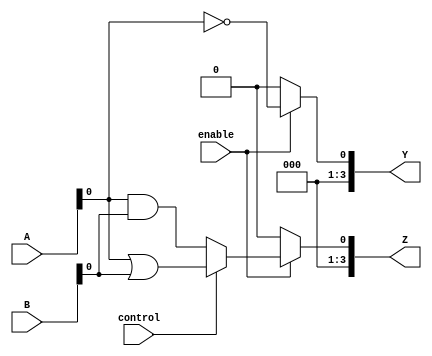
module CombinationalLogicBlock (
    input wire [3:0] A,          // 4-bit input signal A
    input wire [3:0] B,          // 4-bit input signal B
    input wire control,           // Control signal for multiplexer
    input wire enable,            // Enable signal
    output wire [3:0] Y,         // 4-bit output signal Y
    output wire [3:0] Z          // 4-bit output signal Z (from multiplexer)
);

// Internal signals
wire and_output;                // AND gate output
wire or_output;                 // OR gate output
wire not_output;                // NOT gate output
wire mux_output;                // Output of the multiplexer

// Combinational Logic Gates
assign and_output = A & B;      // AND operation
assign or_output  = A | B;      // OR operation
assign not_output = ~A;         // NOT operation

// Multiplexer logic
assign mux_output = control ? or_output : and_output; // 2-to-1 MUX based on control signal

// Output Logic
assign Y = enable ? not_output : 4'b0000; // If enabled, output NOT A; otherwise, output 0
assign Z = enable ? mux_output : 4'b0000; // If enabled, output MUX result; otherwise, output 0

endmodule